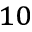
^ { 1 0 }